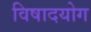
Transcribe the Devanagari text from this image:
विषादयोग